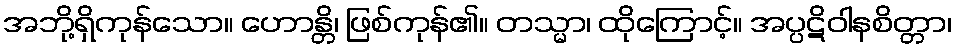
အဘို့ရှိကုန်သော။ ဟောန္တိ၊ ဖြစ်ကုန်၏။ တသ္မာ၊ ထိုကြောင့်။ အပ္ပဋိဝါနစိတ္တာ၊